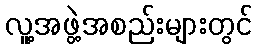
လူ့အဖွဲ့အစည်းများတွင်